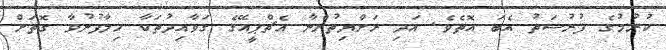
ކުރުމުގެ ފުރުސަތު އެބަ އޮތެވެ. އަދި ރަށްޔިތުންނާ އެޗްޕީއޭގެ ގަވާއިދުތަކާ ހިލާފުނުވާ ގޮތަށް